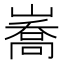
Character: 㠐